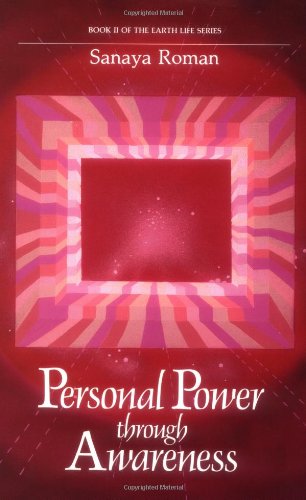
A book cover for Personal Power Through Awareness: A Guidebook for Sensitive People (Book II of the Earth Life Series); Sanaya Roman; Health, Fitness & Dieting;